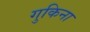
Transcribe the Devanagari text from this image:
गुकिना